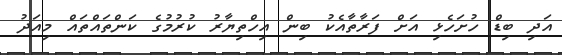
އަދި ބިޑް ހުށަހެޅި އަށް ފަރާތާއެކު ބިން އިހްތިޔާރު ކުރުމުގެ ކަންތައްތައް މިއަދު